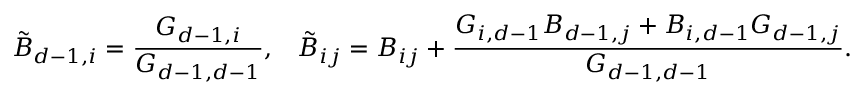
\tilde { B } _ { d - 1 , i } = \frac { G _ { d - 1 , i } } { G _ { d - 1 , d - 1 } } , \; \; \; \tilde { B } _ { i j } = B _ { i j } + \frac { G _ { i , d - 1 } B _ { d - 1 , j } + B _ { i , d - 1 } G _ { d - 1 , j } } { G _ { d - 1 , d - 1 } } .